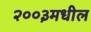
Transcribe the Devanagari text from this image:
२००३मधील